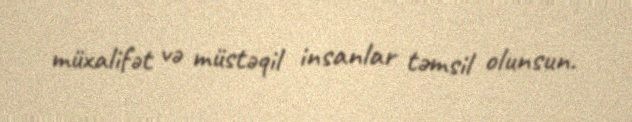
müxalifət və müstəqil insanlar təmsil olunsun.